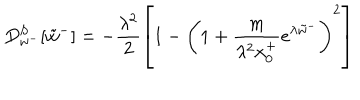
LaTeX: D _ { w ^ { - } } ^ { S } [ \tilde { w } ^ { - } ] = - \frac { \lambda ^ { 2 } } { 2 } \left[ 1 - \left( 1 + \frac { m } { \lambda ^ { 2 } x _ { 0 } ^ { + } } e ^ { \lambda \tilde { w } ^ { - } } \right) ^ { 2 } \right]